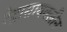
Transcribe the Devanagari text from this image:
टेट्रासायक्लीन